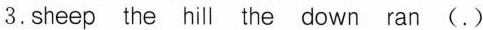
3.sheep the hill the down ran (.)